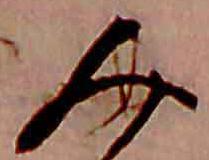
み